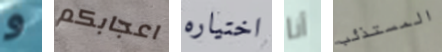
و اعجابكم اختياره أنا المستذئب